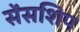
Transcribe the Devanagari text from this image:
सेंसशिप